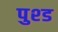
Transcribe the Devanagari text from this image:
पुश्ड